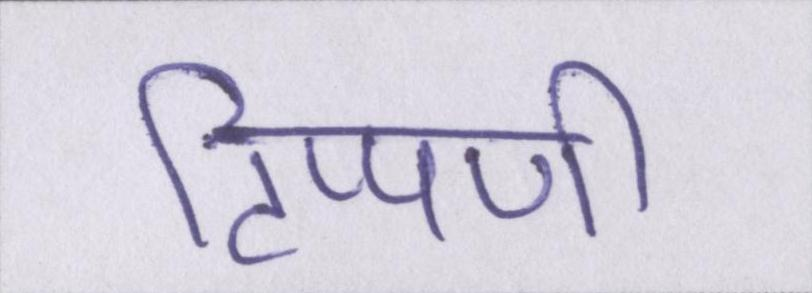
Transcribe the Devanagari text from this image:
टिप्पणी